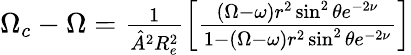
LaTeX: \begin{array}{r}{\Omega_{c}-\Omega=\frac{1}{\hat{A}^{2}R_{e}^{2}}\left[\frac{(\Omega-\omega)r^{2}\sin^{2}\theta e^{-2\nu}}{1-(\Omega-\omega)r^{2}\sin^{2}\theta e^{-2\nu}}\right]}\end{array}